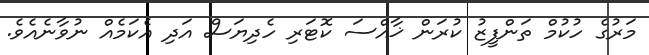
މަރުގެ ހުކުމް ތަންފީޒު ކުރަން ޚާއްސަ ކޮޓަރި ހެދިޔަސް އަދި އެކަމެއް ނުވާނެއެވެ.